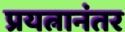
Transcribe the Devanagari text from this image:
प्रयत्नानंतर